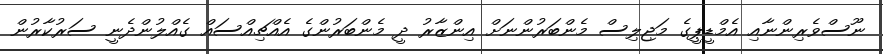
ނޫސްވެރިންނާއި އެމްޑީޕީގެ މަޖިލިސް މެންބަރުންނަށް އިންޒާރު ދީ މެންބަރުންގެ އެއްޗިއްސައް ގެއްލުންދެނީ ސަރުކާރުން